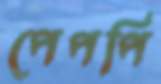
পেপপি